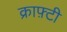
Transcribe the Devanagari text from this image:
क्राफ़्टी